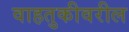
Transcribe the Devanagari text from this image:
वाहतुकीवरील